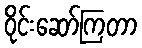
ဝိုင်းဆော်ကြတာ